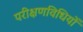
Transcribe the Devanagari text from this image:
परीक्षणविधियों